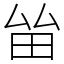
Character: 𤱊